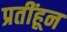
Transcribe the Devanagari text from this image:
प्रतींहून